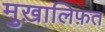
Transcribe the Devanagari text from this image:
मुख़ालिफ़त